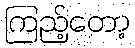
ကြည့်တော့